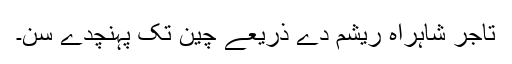
تاجر شاہراہ ریشم دے ذریعے چین تک پہنچدے سن۔